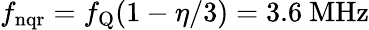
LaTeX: f_{\mathrm{nqr}}=f_{\mathrm{Q}}(1-\eta/3)=3.6~\mathrm{MHz}